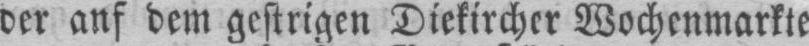
dem gestrigen Diekircher Wochenmarkte